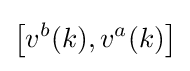
\left[v^{b}(k),v^{a}(k)\right]